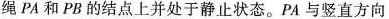
绳 PA 和 PB 的结点上并处于静止状态。PA 与竖直方向